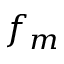
f _ { m }